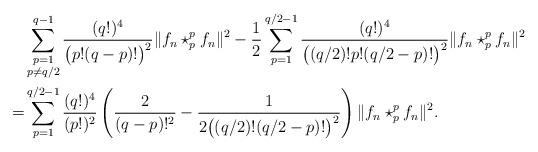
LaTeX: \begin{align*}&\sum_{\substack{p=1 \\ p\neq q/2}}^{q-1} \frac{(q!)^4}{\big(p! (q - p)! \big)^2} \| f_n \star_p^p f_n \|^2 - \frac12 \sum_{p=1}^{q/2-1} \frac{(q!)^4}{\big((q/2)! p!(q/2-p)!\big)^2}\|f_n\star_p^p f_n \|^2 \\=& \sum_{p=1}^{q/2 - 1} \frac{(q!)^4}{(p!)^2}\left(\frac{2}{(q-p)!^2} - \frac{1}{2\big((q/2)!(q/2 - p)!\big)^2} \right) \|f_n\star_p^p f_n \|^2.\end{align*}